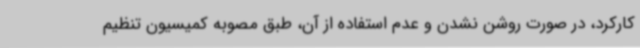
کارکرد، در صورت روشن نشدن و عدم استفاده از آن، طبق مصوبه کمیسیون تنظیم